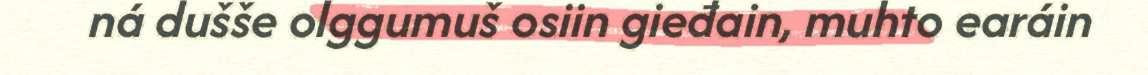
ná dušše olggumuš osiin gieđain, muhto earáin